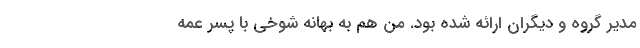
مدیر گروه و دیگران ارائه شده بود. من هم به بهانه شوخی با پسر عمه